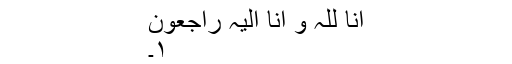
اِنّا للّٰہِ وَ اِنَّا اِلَیْہِ راجِعون
١۔